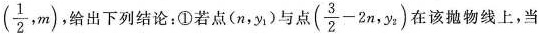
( \frac{1}{2},m)给出下列结论；①若点(n，y_{1})与点 ( $$\frac{3}{2}-2n$$,y_{2})在该抛物线上，当